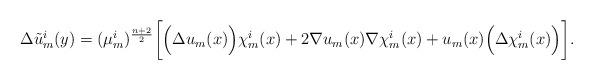
LaTeX: \begin{align*}\Delta\tilde{u}_m^i(y)=(\mu_m^i)^{\frac{n+2}{2}}\bigg[\Big(\Delta u_m(x)\Big)\chi_m^i(x)+2 \nabla u_m(x)\nabla\chi_m^i(x)+ u_m(x)\Big(\Delta\chi_m^i(x)\Big)\bigg]. \end{align*}